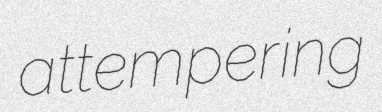
attempering